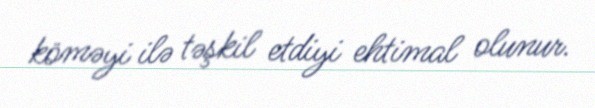
köməyi ilə təşkil etdiyi ehtimal olunur.